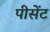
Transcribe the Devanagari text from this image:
पीसेंट